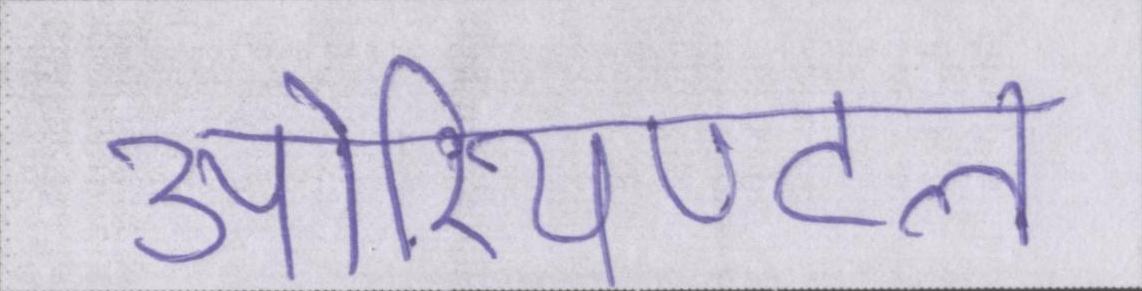
ओरियण्टल